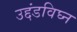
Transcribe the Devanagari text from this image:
उद्दंडविघ्न